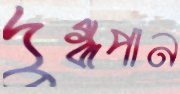
দুগ্ধপান